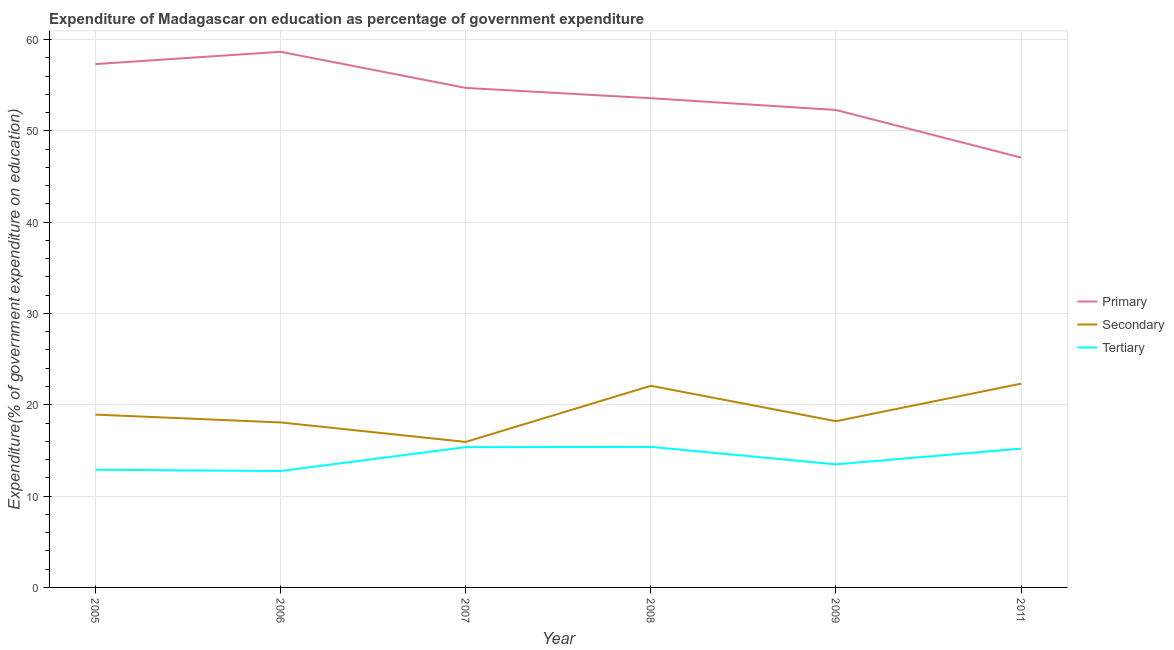
| Year | Primary | Secondary | Tertiary |
 | --- | --- | --- | --- |
 | 2005 | 57.3 | 18.9 | 12.9 |
 | 2006 | 58.7 | 18.1 | 12.7 |
 | 2007 | 54.7 | 15.9 | 15.4 |
 | 2008 | 53.6 | 22.1 | 15.4 |
 | 2009 | 52.3 | 18.2 | 13.5 |
 | 2011 | 47.1 | 22.3 | 15.2 |